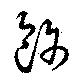
飾